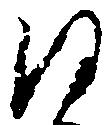
沙